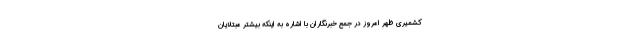
کشمیری ظهر امروز در جمع خبرنگاران با اشاره به اینکه بیشتر مبتلایان